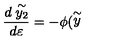
\frac { d \stackrel { \sim } { y _ { 2 } } } { d \varepsilon } = - \phi ( \stackrel { \sim } { y }